Indian journal of veterinary science and animal husbandry - Volume 5,
Year: 1935
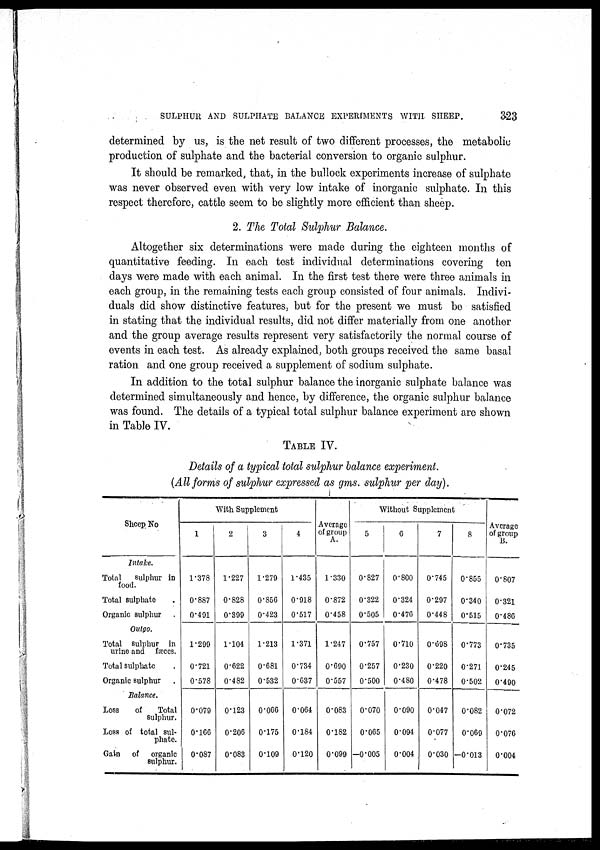
SULPHUR AND SULPHATE BALANCE EXPERIMENTS WITH SHEEP.
323
determined by us, is the net result of two different processes, the metabolic
production of sulphate and the bacterial conversion to organic sulphur.
It should be remarked, that, in the bullock experiments increase of sulphate
was never observed even with very low intake of inorganic sulphate. In this
respect therefore, cattle seem to be slightly more efficient than sheep.
2. The Total Sulphur Balance.
Altogether six determinations were made during the eighteen months of
quantitative feeding. In each test individual determinations covering ten
days were made with each animal. In the first test there were three animals in
each group, in the remaining tests each group consisted of four animals. Indivi-
duals did show distinctive features, but for the present we must be satisfied
in stating that the individual results, did not differ materially from one another
and the group average results represent very satisfactorily the normal course of
events in each test. As already explained, both groups received the same basal
ration and one group received a supplement of sodium sulphate.
In addition to the total sulphur balance the inorganic sulphate balance was
determined simultaneously and hence, by difference, the organic sulphur balance
was found. The details of a typical total sulphur balance experiment are shown
in Table IV.
TABLE IV.
Details of a typical total sulphur balance experiment.
(All forms of sulphur expressed as gms. sulphur per day).
Sheep No
Intake.
Total
sulphur in
food.
Total sulphate .
Organic sulphur .
Outgo.
Total sulphur in
urine and fæces.
Total sulphate .
Organic sulphur .
Balance.
Loss
of
Total
sulphur.
Loss of total sul-
phate.
Gain
of
organic
sulphur.
With Supplement
1
1.378
0.887
0.491
1.299
0.721
0.578
0.079
0.166
0.087
2
1.227
0.828
0.399
1.104
0.622
0.482
0.123
0.206
0.083
3
1.279
0.856
0.423
1.213
0.681
0.532
0.066
0.175
0.109
4
1.435
0.918
0.517
1.371
0.734
0.637
0.064
0.184
0.120
Average
of group
A.
1.330
0.872
0.458
1.247
0.690
0.557
0.083
0.182
0.099
Without Supplement
5
0.827
0.322
0.505
0.757
0.257
0.500
0.070
0.065
–0.005
6
0.800
0.324
0.476
0.710
0.230
0.480
0.090
0.094
0.004
7
0.745
0.297
0.448
0.698
0.220
0.478
0.047
0.077
0.030
8
0.855
0.340
0.515
0.773
0.271
0.502
0.082
0.069
-0.013
Average
of group
B.
0.807
0.321
0.486
0.735
0.245
0.490
0.072
0.076
0.004